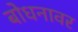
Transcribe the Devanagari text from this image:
बोधनावर